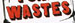
WASTES